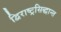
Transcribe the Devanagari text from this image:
द्विराष्ट्रसिद्धान्त